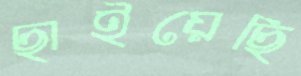
ছাইয়েছি